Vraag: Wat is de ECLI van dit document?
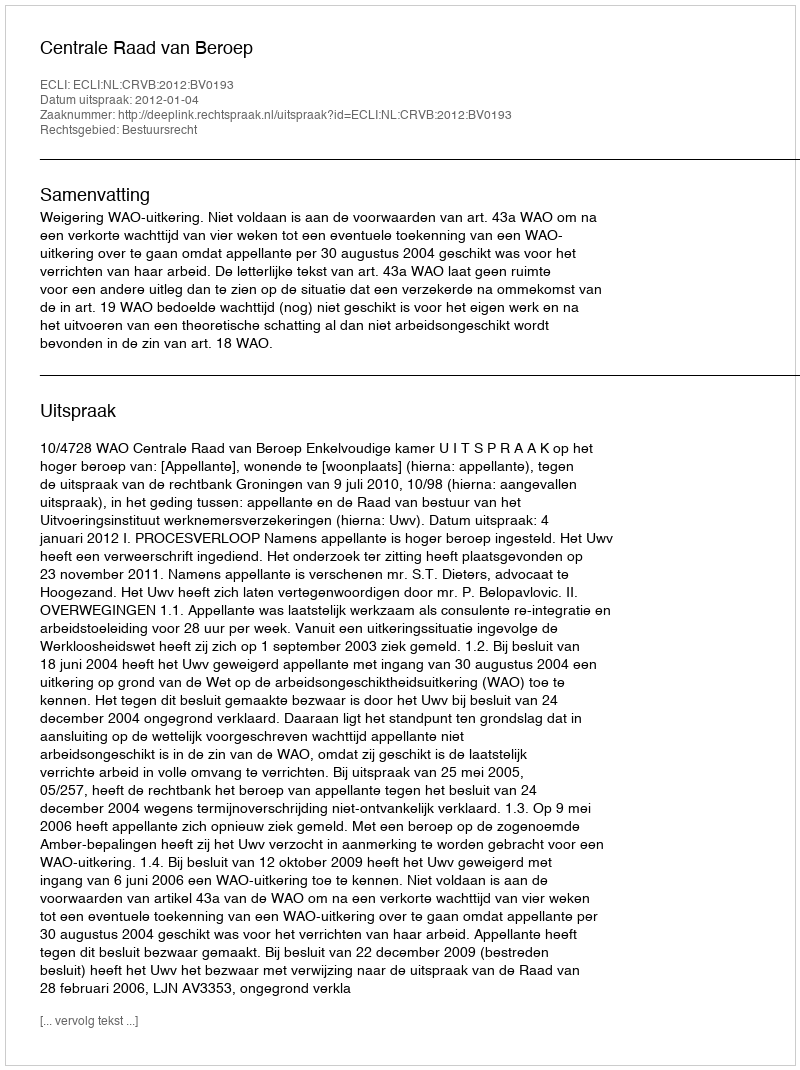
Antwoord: ECLI:NL:CRVB:2012:BV0193